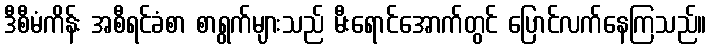
ဒီစီမံကိန်း အစီရင်ခံစာ စာရွက်များသည် မီးရောင်အောက်တွင် ပြောင်လက်နေကြသည်။